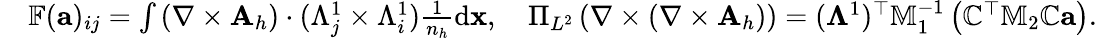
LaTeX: \begin{array}{rl}&{\mathbb{F}({\mathbf a})_{ij}=\int\left(\nabla\times{\mathbf A}_{h}\right)\cdot(\Lambda_{j}^{1}\times\Lambda_{i}^{1})\frac{1}{n_{h}}\mathrm{d}{\mathbf x},\quad\Pi_{L^{2}}\left({\nabla}\times({\nabla}\times{\mathbf A}_{h})\right)=(\mathbb{\Lambda}^{1})^{\top}\mathbb{M}_{1}^{-1}\left(\mathbb{C}^{\top}\mathbb{M}_{2}\mathbb{C}{\mathbf a}\right).}\end{array}